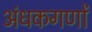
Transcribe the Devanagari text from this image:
अंधकगणों